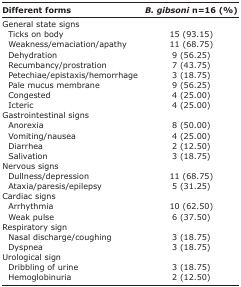
<table><thead><tr><td><b>Different forms</b></td><td><b><i>B. gibsoni</i> n=16 (%)</b></td></tr></thead><tbody><tr><td>General state signs</td><td></td></tr><tr><td> Ticks on body</td><td>15 (93.15)</td></tr><tr><td> Weakness/emaciation/apathy</td><td>11 (68.75)</td></tr><tr><td> Dehydration</td><td>9 (56.25)</td></tr><tr><td> Recumbancy/prostration</td><td>7 (43.75)</td></tr><tr><td> Petechiae/epistaxis/hemorrhage</td><td>3 (18.75)</td></tr><tr><td> Pale mucus membrane</td><td>9 (56.25)</td></tr><tr><td> Congested</td><td>4 (25.00)</td></tr><tr><td> Icteric</td><td>4 (25.00)</td></tr><tr><td>Gastrointestinal signs</td><td></td></tr><tr><td> Anorexia</td><td>8 (50.00)</td></tr><tr><td> Vomiting/nausea</td><td>4 (25.00)</td></tr><tr><td> Diarrhea</td><td>2 (12.50)</td></tr><tr><td> Salivation</td><td>3 (18.75)</td></tr><tr><td>Nervous signs</td><td></td></tr><tr><td> Dullness/depression</td><td>11 (68.75)</td></tr><tr><td> Ataxia/paresis/epilepsy</td><td>5 (31.25)</td></tr><tr><td>Cardiac signs</td><td></td></tr><tr><td> Arrhythmia</td><td>10 (62.50)</td></tr><tr><td> Weak pulse</td><td>6 (37.50)</td></tr><tr><td>Respiratory sign</td><td></td></tr><tr><td> Nasal discharge/coughing</td><td>3 (18.75)</td></tr><tr><td> Dyspnea</td><td>3 (18.75)</td></tr><tr><td>Urological sign</td><td></td></tr><tr><td> Dribbling of urine</td><td>3 (18.75)</td></tr><tr><td> Hemoglobinuria</td><td>2 (12.50)</td></tr></tbody></table>